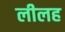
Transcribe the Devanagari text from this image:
लीलह